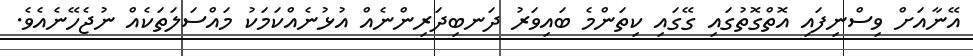
އޭނާއަށް ވިސްނިފައި އޮތްގޮތުގައި ގޭގައި ކިތަންމެ ބައިވަރު ދަނބިދަރިންނެއް އުޅުނެއްކަމަކު މައްސަލަތަކެއް ނުޖެހޭނެއެވެ.